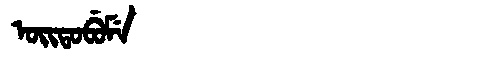
Manchu: ᠣᡳᡨᠣᠪᡠᠮᡝ
Romanization: OITOBUME